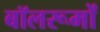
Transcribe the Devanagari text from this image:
बॉलरूमों